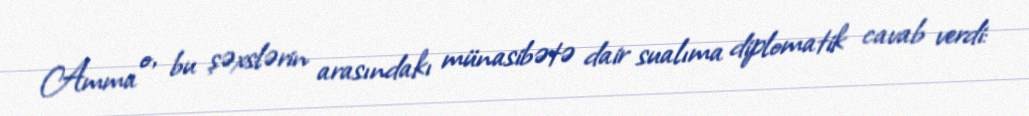
Amma o, bu şəxslərin arasındakı münasibətə dair sualıma diplomatik cavab verdi: